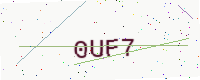
Text: 0UF7